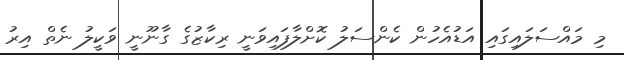
މި މައްސަލައިގައި އަޑުއެހުން ކެންސަލު ކޮށްލާފައިވަނީ ރިކާޒުގެ ގާނޫނީ ވަކީލު ނެތް އިރު